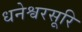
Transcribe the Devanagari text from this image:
धनेश्वरसूरि